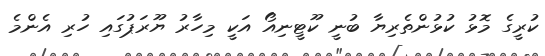
ކުރީގެ މޮޅު ކުޅުންތެރިޔާ ބުނީ ކޫޓީނިއޯ އަކީ މިހާރު ޔޫރަޕުގައި ހުރި އެންމެ